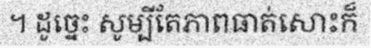
។ ដូច្នេះ សូម្បីតែភាពធាត់សោះក៏